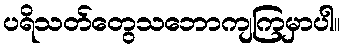
ပရိသတ်တွေသဘောကျကြမှာပါ။